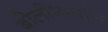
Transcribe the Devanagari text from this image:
बोलीभाषांत